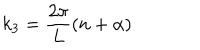
k _ { 3 } = \frac { 2 \pi } { L } ( n + \alpha )